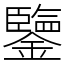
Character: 鑒